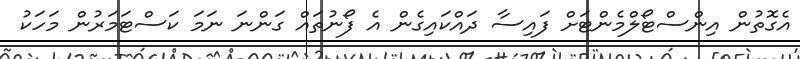
އެގޮތުން އިންސްޓޯލްމެންޓަށް ފައިސާ ދައްކައިގެން އެ ފޯނުތައް ގަންނަ ނަމަ ކަސްޓަމަރުން މަހަކު